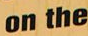
on the